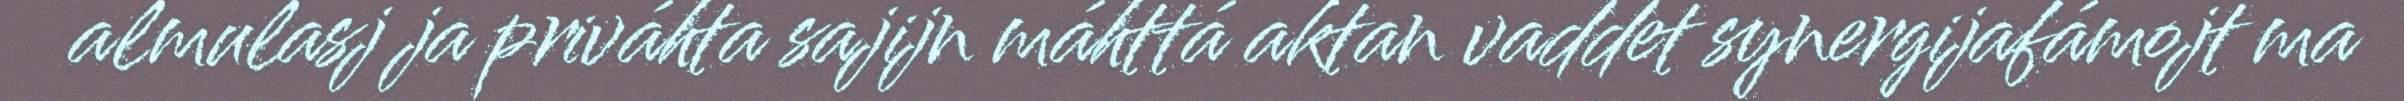
almulasj ja priváhta sajijn máhttá aktan vaddet synergijafámojt ma